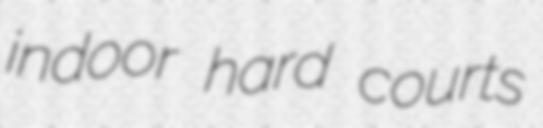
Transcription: indoor hard courts